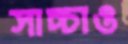
সাচ্চাও